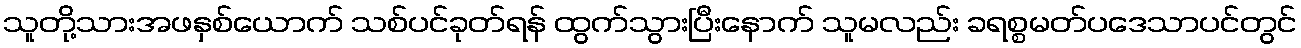
သူတို့သားအဖနှစ်ယောက် သစ်ပင်ခုတ်ရန် ထွက်သွားပြီးနောက် သူမလည်း ခရစ္စမတ်ပဒေသာပင်တွင်